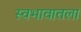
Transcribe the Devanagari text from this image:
स्वभावातला